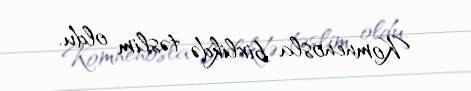
Komnenosla birlikdə təslim oldu.